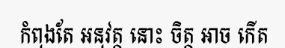
កំពុងតែ អនុវត្ត នោះ ចិត្ត ឤច កើត